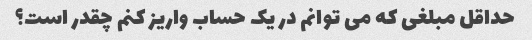
حداقل مبلغی که می توانم در یک حساب واریز کنم چقدر است؟